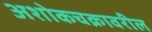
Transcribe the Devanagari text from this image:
अशोकचक्रावरील